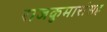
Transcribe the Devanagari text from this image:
राजकुमारांसह